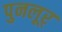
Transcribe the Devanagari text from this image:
पुनलूर्